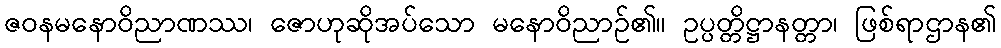
ဇဝနမနောဝိညာဏဿ၊ ဇောဟုဆိုအပ်သော မနောဝိညာဉ်၏။ ဥပ္ပတ္တိဋ္ဌာနတ္တာ၊ ဖြစ်ရာဌာန၏